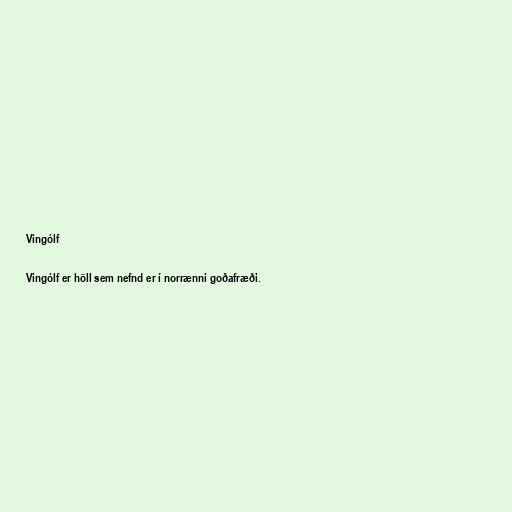
Vingólf

Vingólf er höll sem nefnd er í norrænni goðafræði.